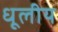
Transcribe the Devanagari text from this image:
धूलीय